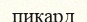
пикард